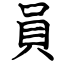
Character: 員